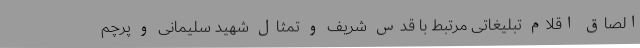
الصاق اقلام تبلیغاتی مرتبط با قدس شریف و تمثال شهید سلیمانی و پرچم